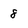
Character: 8